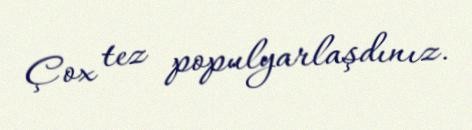
Çox tez populyarlaşdınız.